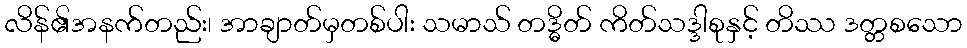
လိန်၏အနက်တည်း၊ အာချာတ်မှတစ်ပါး သမာသ် တဒ္ဓိတ် ကိတ်သဒ္ဒါစုနှင့် တိဿ ဒတ္တစသော